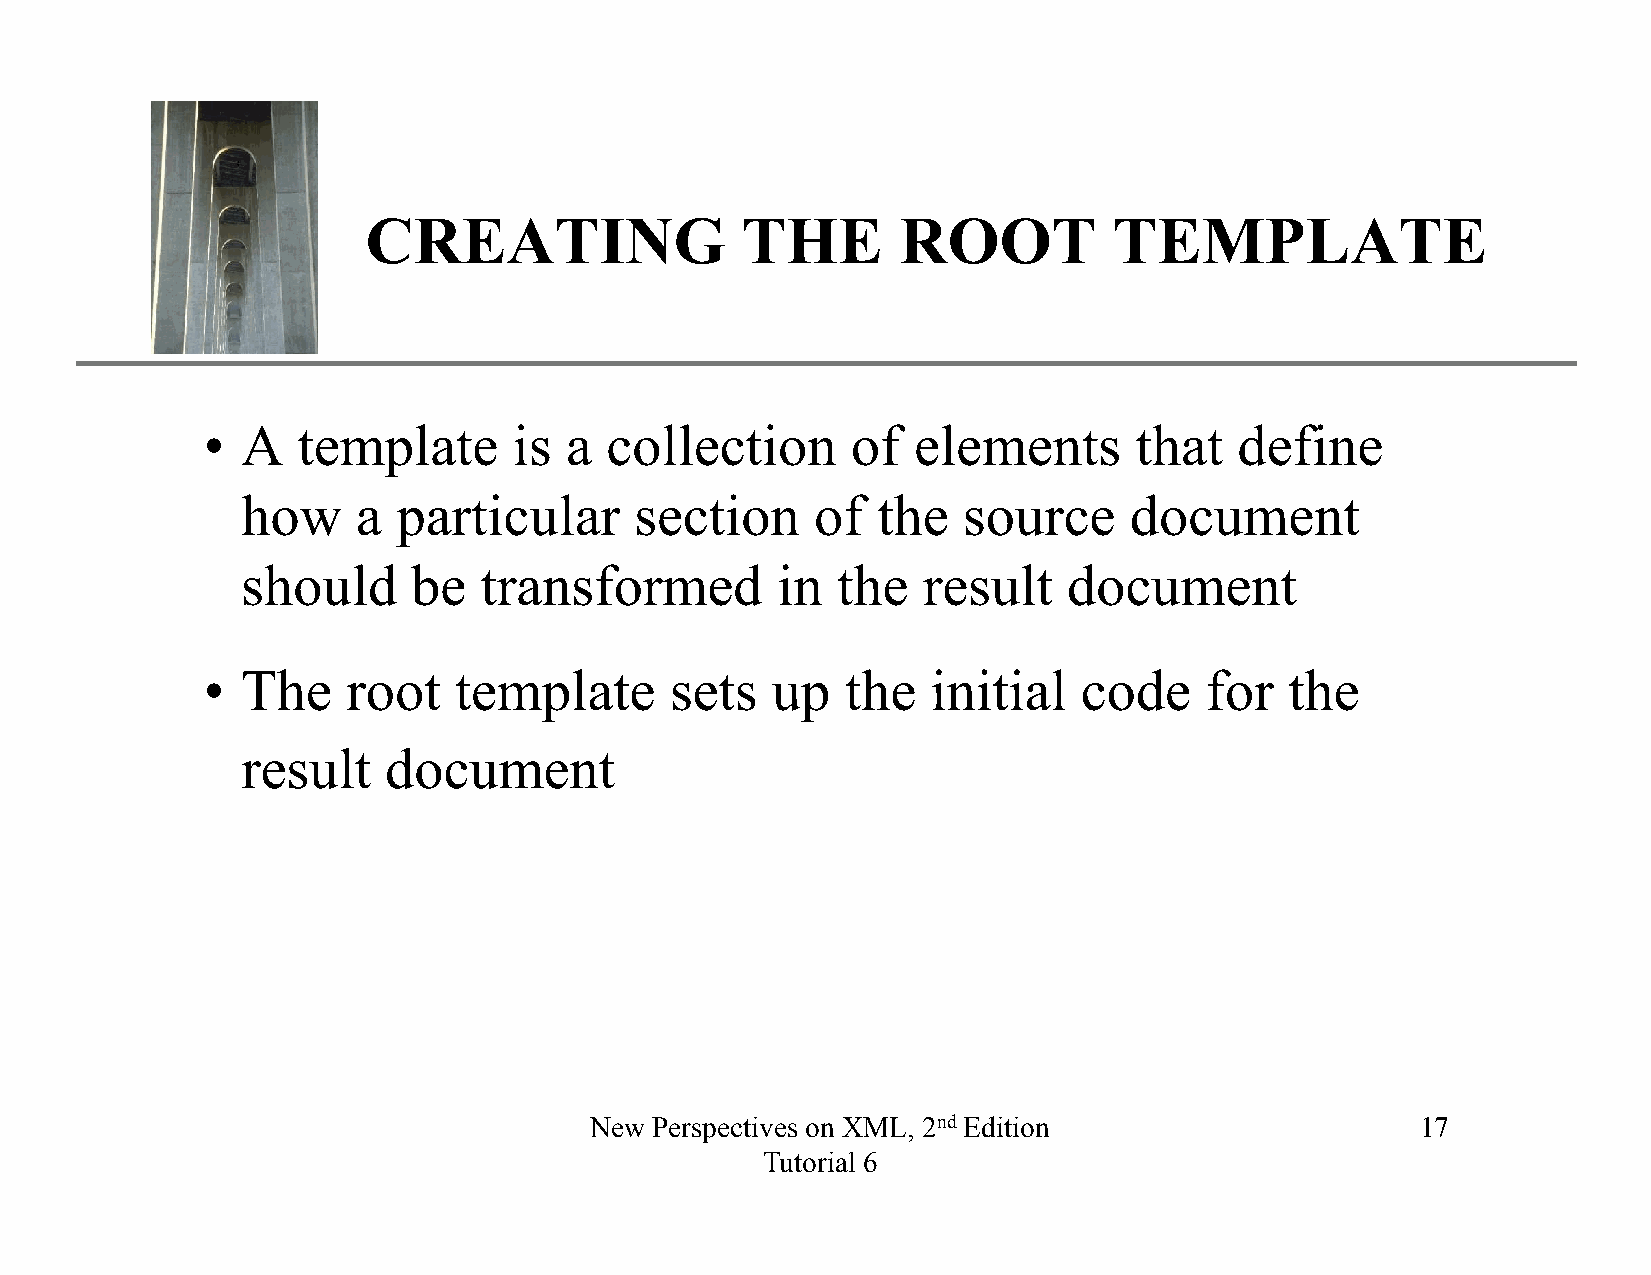
XP
 CREATING                 THE        ROOT          TEMPLATE
 •  A   template      is a  collection      of  elements       that   define
 how     a particular      section     of  the   source     document
 should     be   transformed        in  the   result    document
 •  The    root   template      sets   up   the   initial   code    for  the
 result   document
 New Perspectives on XML, 2nd Edition                   17
 Tutorial 6